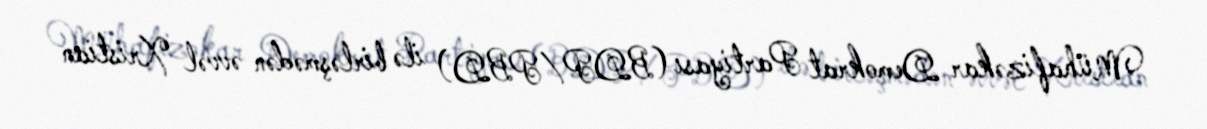
Mühafizəkar Demokrat Partiyası (BDP/PBD) ilə birləşmədən əvvəl Xristian